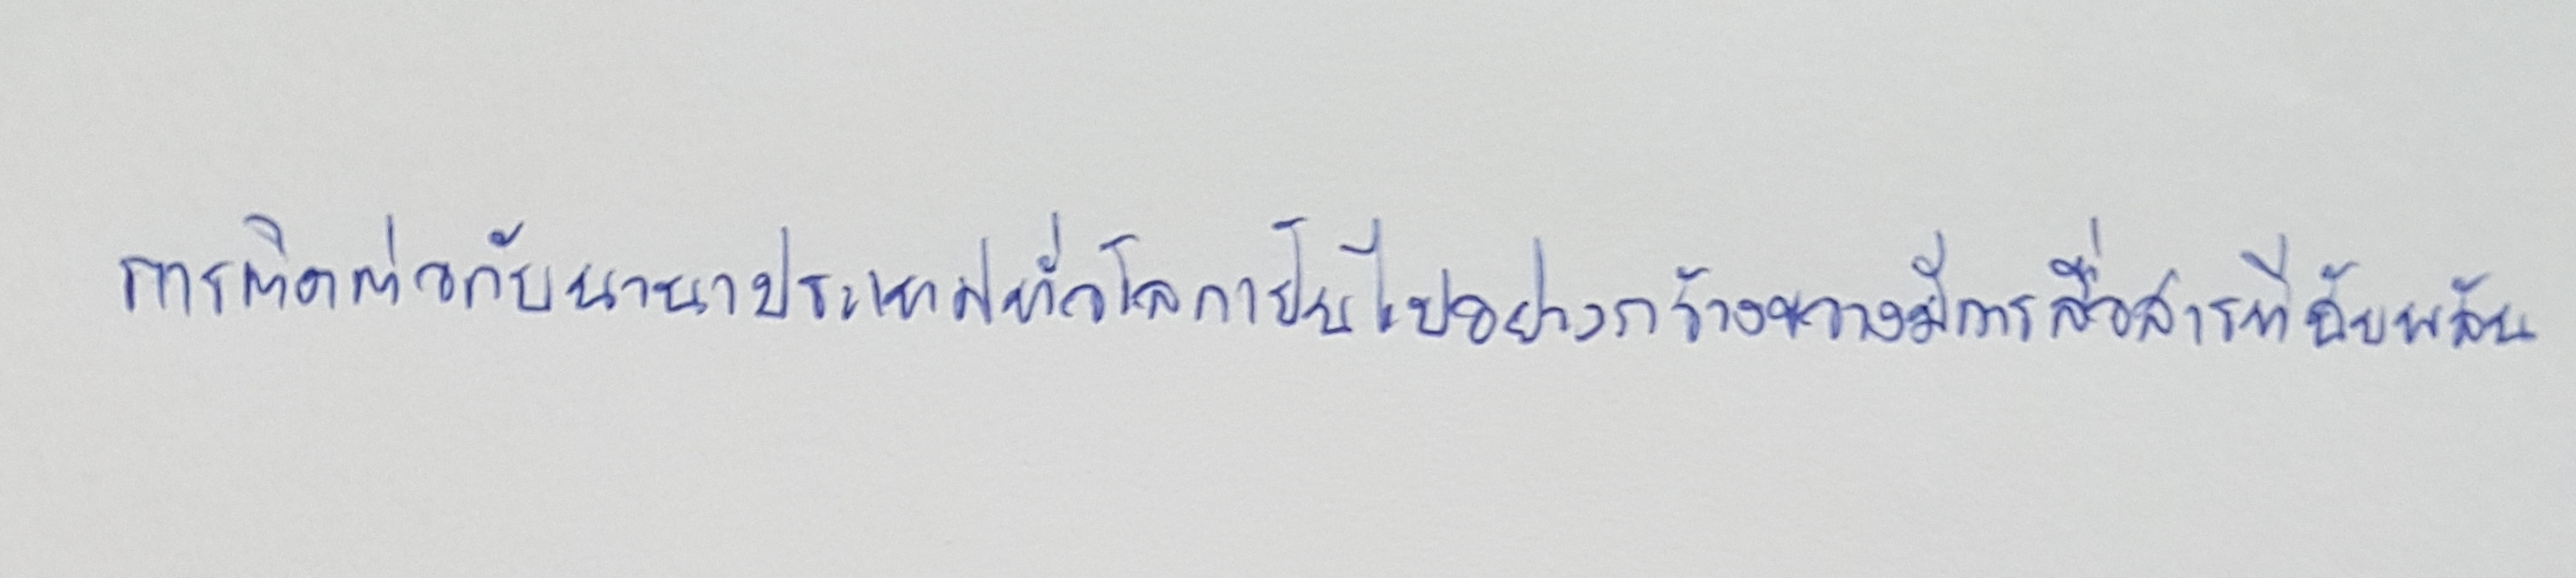
การติดต่อกับนานาประเทศทั่วโลกเป็นไปอย่างกว้างขวางมีการสื่อสารที่ฉับพลัน